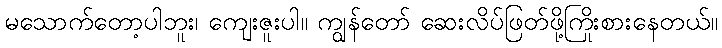
မသောက်တော့ပါဘူး၊ ကျေးဇူးပါ။ ကျွန်တော် ဆေးလိပ်ဖြတ်ဖို့ကြိုးစားနေတယ်။